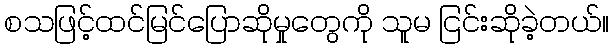
စသဖြင့်ထင်မြင်ပြောဆိုမှုတွေကို သူမ ငြင်းဆိုခဲ့တယ်။